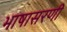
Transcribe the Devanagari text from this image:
भाषासरणी